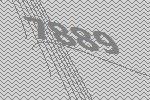
7889